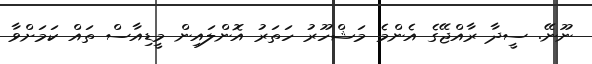
ނޫނޭ. ސީދާ ރާއްޖޭގެ އެންމެ މަޝްހޫރު ހަތަރު އޮންލައިން މީޑިއާސް ތައް ކަމަށްވާ